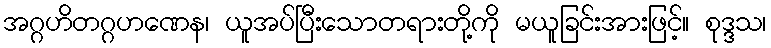
အဂ္ဂဟိတဂ္ဂဟဏေန၊ ယူအပ်ပြီးသောတရားတို့ကို မယူခြင်းအားဖြင့်။ စုဒ္ဒသ၊